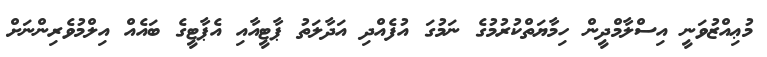
މުޢިއްޒުވަނީ އިސްލާމްދީން ހިމާޔަތްކުރުމުގެ ނަމުގަ އުފެއްދި އަދާލަތު ޕާޓީއާއި އެޕާޓީގެ ބައެއް އިލްމުވެރިންނަށް